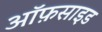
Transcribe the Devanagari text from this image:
ऑफ़साइड